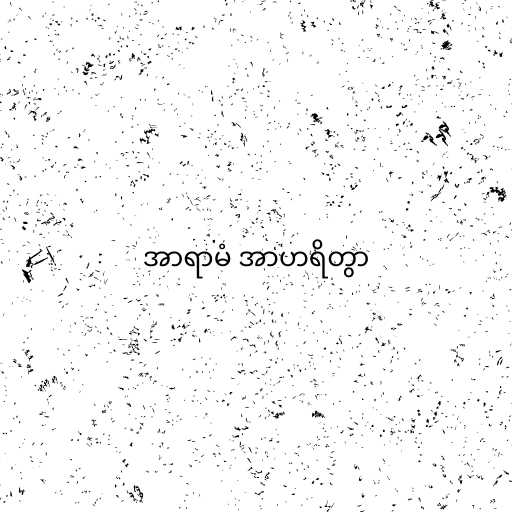
အာရာမံ အာဟရိတွာ